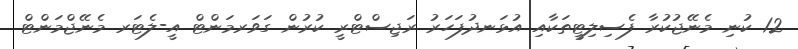
12 ކުނި މެނޭޖުކުރާ ފެސިލިޓީތަކާއި އުޅަނދުފަހަރު ރަޖިސްޓްރީ ކުރުން ގަވަރމަންޓް އީ-ލެޓަރ މެނޭޖްމަންޓް